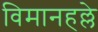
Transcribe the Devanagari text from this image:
विमानहल्ले